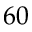
6 0